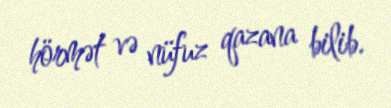
hörmət və nüfuz qazana bilib.